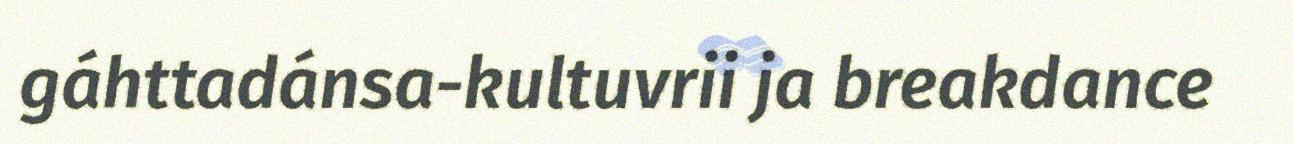
gáhttadánsa-kultuvrii ja breakdance